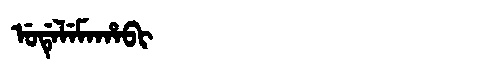
Manchu: ᡠᡩᡝᠯᡝᠮᠠᡥᠠᠪᡳ
Romanization: UDELEMAHABI